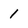
Character: 1